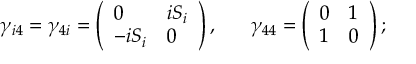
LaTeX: \gamma _ { i 4 } = \gamma _ { 4 i } = \left( \begin{array} { l l } { { 0 } } & { { i S _ { i } } } \\ { { - i S _ { i } } } & { { 0 } } \end{array} \right) , \ \ \ \ \ \gamma _ { 4 4 } = \left( \begin{array} { l l } { { 0 } } & { { 1 } } \\ { { 1 } } & { { 0 } } \end{array} \right) ;